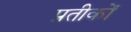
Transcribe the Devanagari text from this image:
प्रतीकोंं